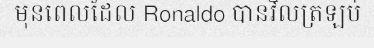
មុនពេលដែល Ronaldo បានវិលត្រឡប់